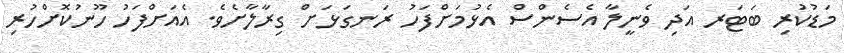
މަޑުކުރި ބަޓަރ އަދި ވެނީލާ އެސެންސް އެޅުމަށްފަހު ރަނގަޅަށް ގިރާލާށެވެ. އެއަށްފަހު ހޫނުކޮށްހުރި